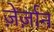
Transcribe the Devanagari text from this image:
ज़ेर्ज़ान